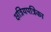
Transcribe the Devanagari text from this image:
क्षत्रियपत्रिका